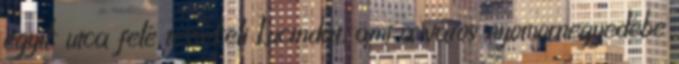
egyik utca felé tessékeli Lucindát, ami a város nyomornegyedébe